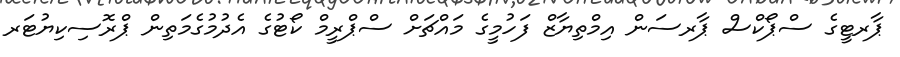
ޕާރޓީގެ ސްޕޯކްސް ޕާރސަން އިމްތިޔާޒް ފަހުމީގެ މައްޗަށް ސްޕްރީމް ކޯޓުގެ އެދުމުގެމަތިން ޕްރޮސިކިޔުޓަރ